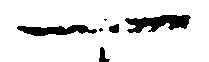
一